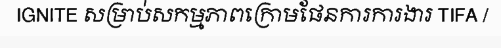
IGNITE សម្រាប់សកម្មភាពក្រោមផែនការការងារ TIFA /